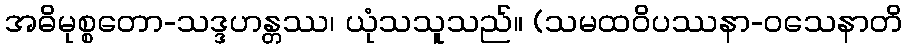
အဓိမုစ္စတော-သဒ္ဒဟန္တဿ၊ ယုံသသူသည်။ (သမထဝိပဿနာ-ဝသေနာတိ